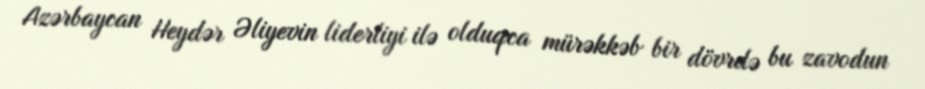
Azərbaycan Heydər Əliyevin liderliyi ilə olduqca mürəkkəb bir dövrdə bu zavodun